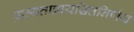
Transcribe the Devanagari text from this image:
व्रात्यताप्रायश्चित्तनिर्णय